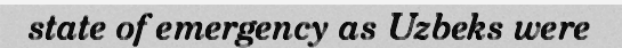
state of emergency as Uzbeks were